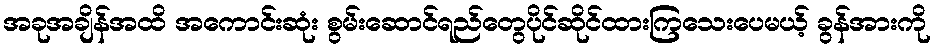
အခုအချိန်အထိ အကောင်းဆုံး စွမ်းဆောင်ရည်တွေပိုင်ဆိုင်ထားကြသေးပေမယ့် ခွန်အားကို